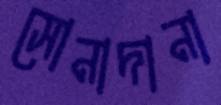
সোনাদানা